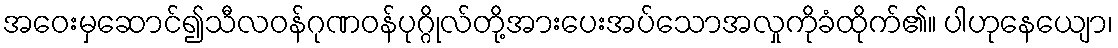
အဝေးမှဆောင်၍သီလဝန်ဂုဏဝန်ပုဂ္ဂိုလ်တို့အားပေးအပ်သောအလှုကိုခံထိုက်၏။ ပါဟုနေယျော၊